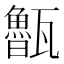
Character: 𭺨